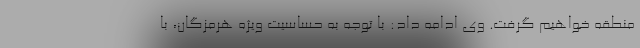
منطقه خواهیم گرفت. وی ادامه داد: با توجه به حساسیت ویژه هرمزگان، با